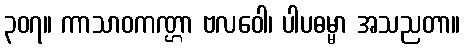
၃၀၇။ ကာသာဝကဏ္ဌာ ဗလဝေါ၊ ပါပဓမ္မာ အသညတာ။